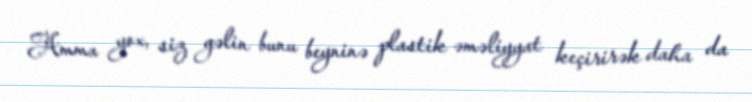
Amma yox, siz gəlin bunu beyninə plastik əməliyyat keçirirək daha da